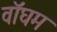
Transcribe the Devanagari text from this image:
वॉघम